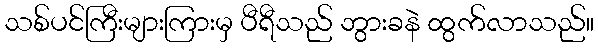
သစ်ပင်ကြီးများကြားမှ ပီရီသည် ဘွားခနဲ ထွက်လာသည်။